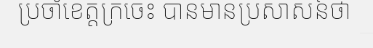
ប្រចាំខេត្តក្រចេះ បានមានប្រសាសន៍ថា